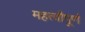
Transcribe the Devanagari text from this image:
महत्वौपूर्ण